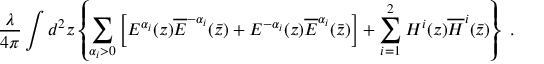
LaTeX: \frac { \lambda } { 4 \pi } \int d ^ { 2 } z \left\{ \sum _ { \alpha _ { i } > 0 } \left[ E ^ { \alpha _ { i } } ( z ) \overline { { { E } } } ^ { - \alpha _ { i } } ( \bar { z } ) + E ^ { - \alpha _ { i } } ( z ) \overline { { { E } } } ^ { \alpha _ { i } } ( \bar { z } ) \right] + \sum _ { i = 1 } ^ { 2 } H ^ { i } ( z ) \overline { { { H } } } ^ { i } ( \bar { z } ) \right\} \ .